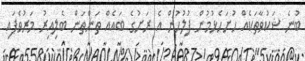
ބުނެ ޝަކުވާތަކެއް ހުށަހެޅުމުން ފުލުހުން އެ ރަށުގެ ބައެއް ތަންތަން ބެލިއިރު މަރުވެފައި